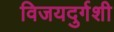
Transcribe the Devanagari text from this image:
विजयदुर्गशी